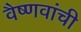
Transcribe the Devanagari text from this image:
वैष्णवांची